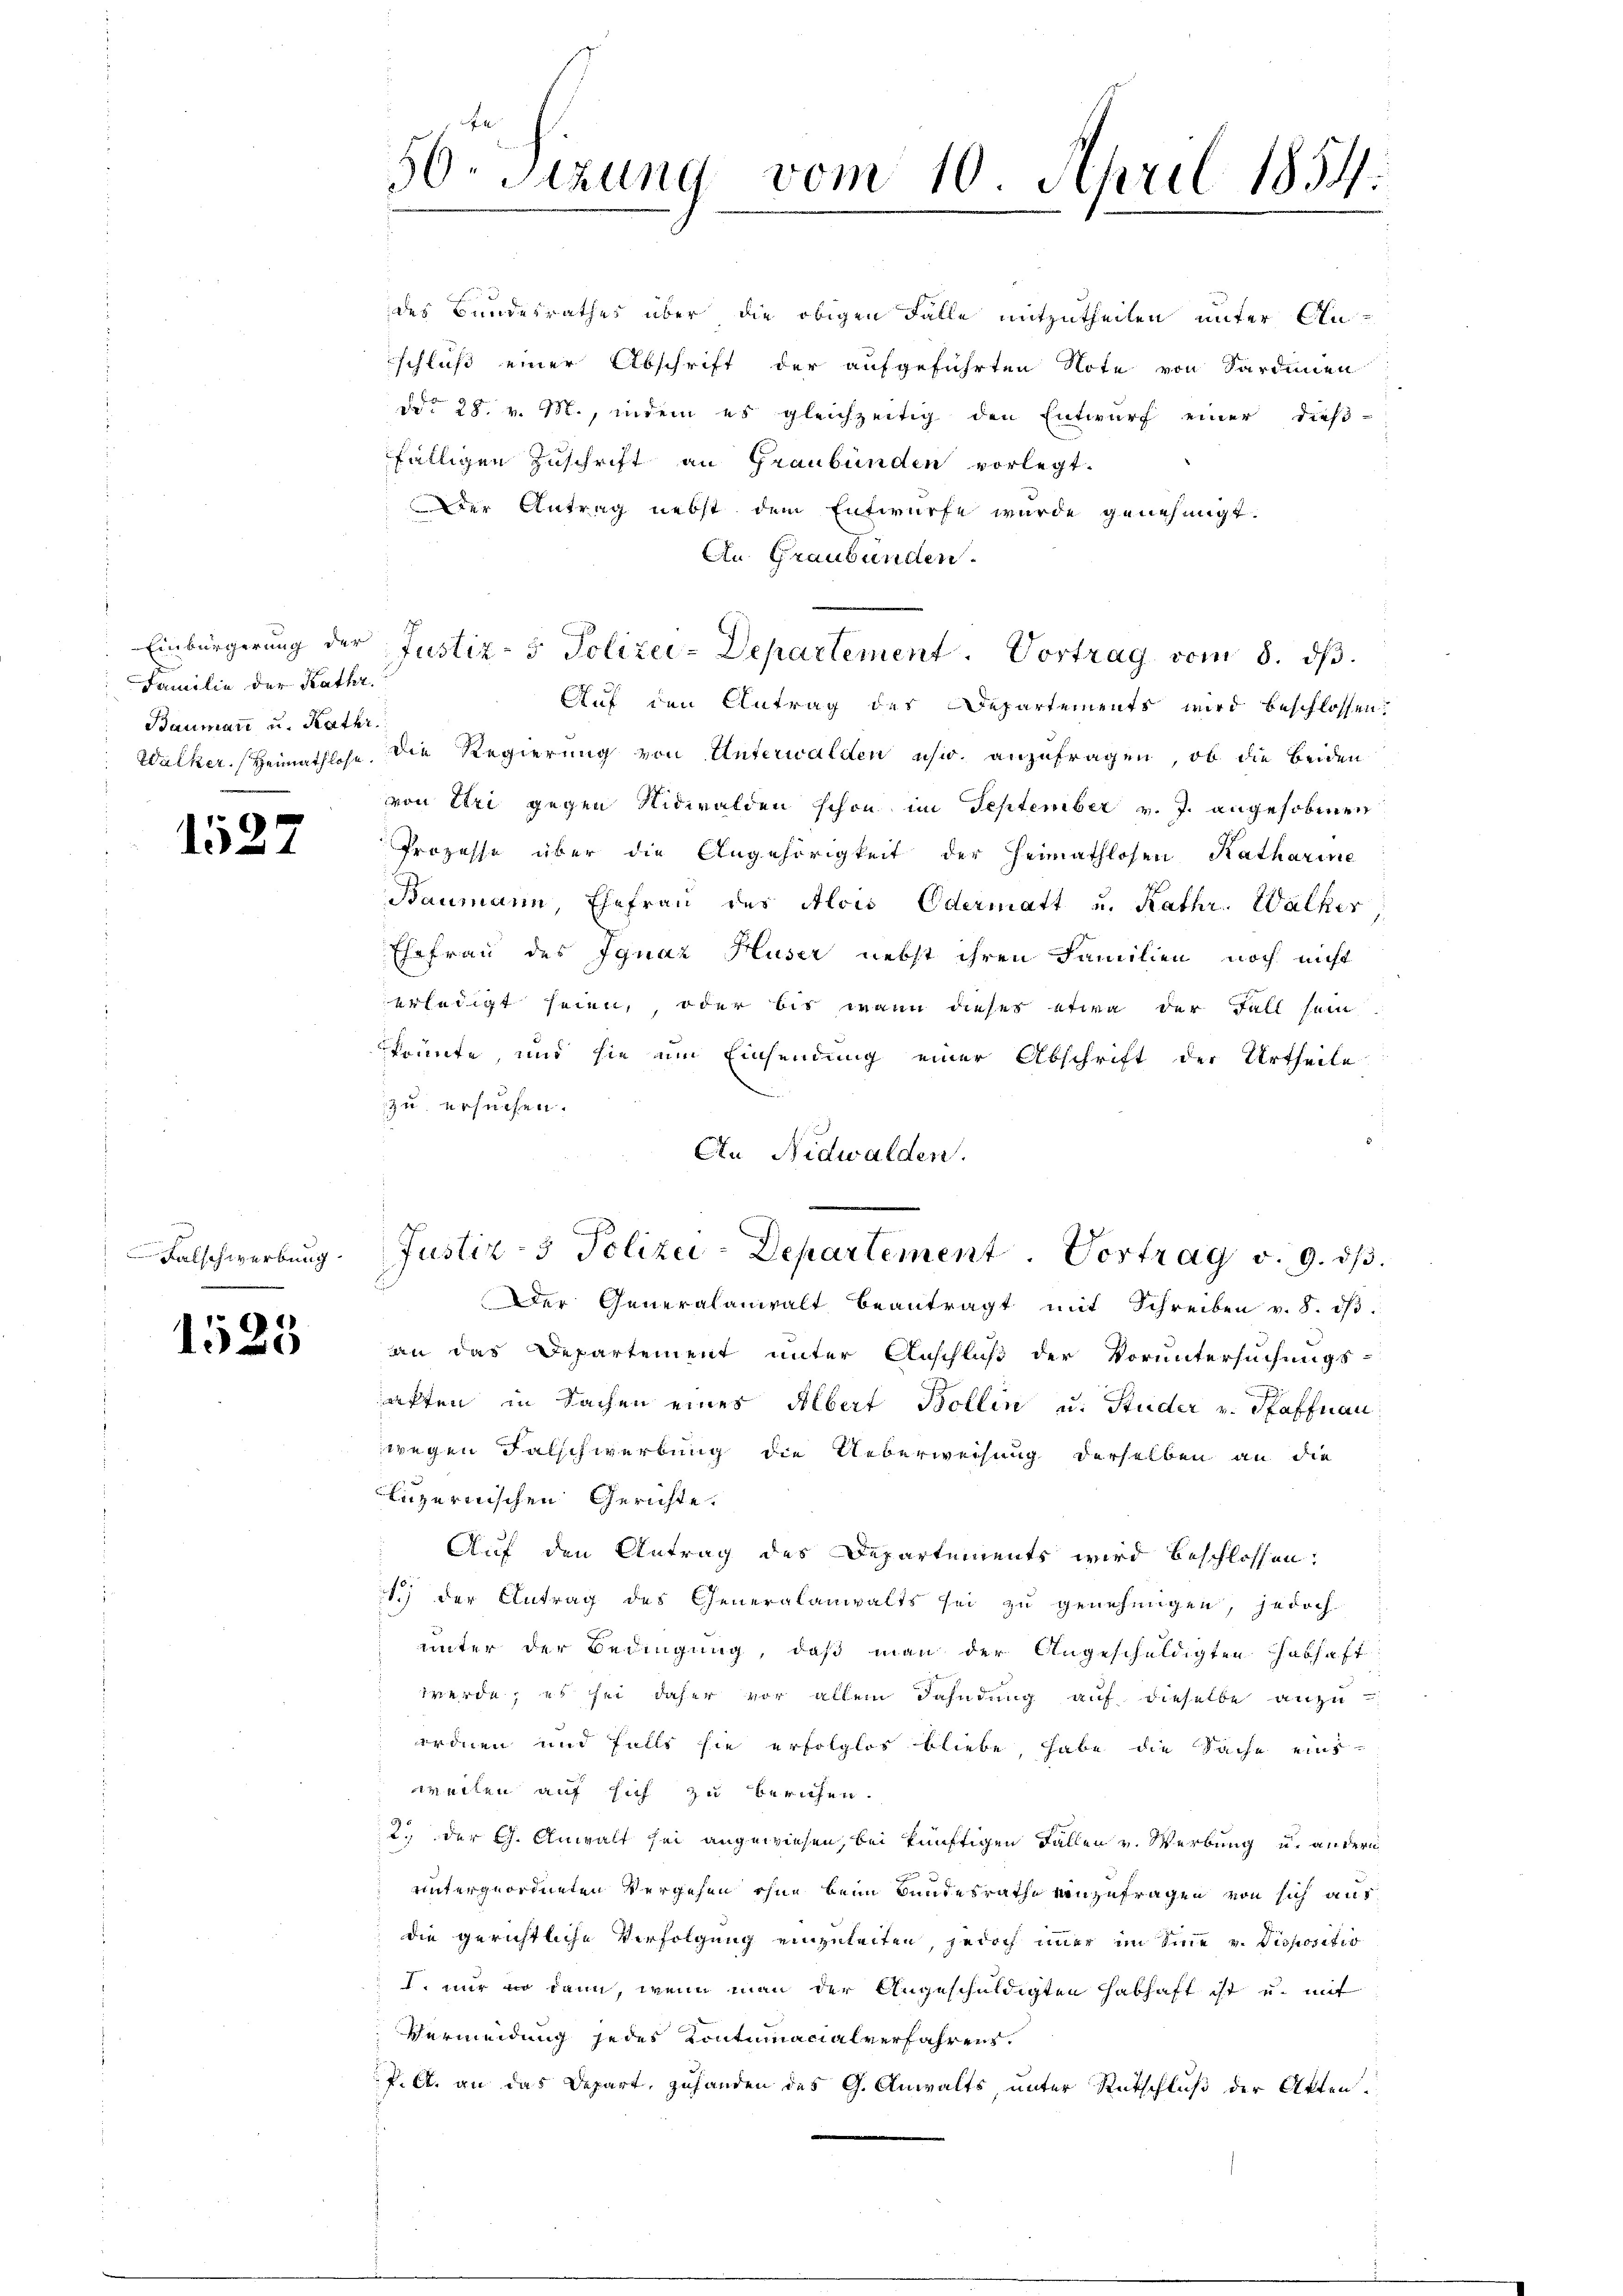
Familie der Kathr
Baumari u. Kathr

1527

Falschwerbung

1525

1
dr Sitzung vom 10. April 1854.

des Bundesrathes über die obigen Falle mitzutheilen, unter Anschluß einer Abschrift der aufgeführten Note von Sardinien
ddo 28. v. M., indem es gleichzeitig den Entwurf einer dieß-
fälligen Zuschrift an Graubünden vorlegt.
Der Antrag nebst dem Entwurfe wurde genehmigt.
An Graubünden.
Einbürgerung der Justiz- & Polizei-Departement. Vortrag vom 8. ds.
Auf den Antrag des Departements wird beschlossen.
Walker. Heimathlose, die Regierung von Unterwalden usw. anzufragen, ob die beiden
von Etri gegen Nidwalden schon im September v. J. angehobenen
Prozesse über die Angehörigkeit der Heimathlosen Ratharine
Baumann, Ehefrau des Alois Odermatt u. Kathr. Walker
Ehefrau des Ignaz Huser nebst ihren Familien noch nicht
erledigt seien, oder bis wenn dieses etwa der Fall sein
könnte, und sie um Einsendung einer Abschrift der Urtheile
zu ersuchen.
An Nidwalden.
Justiz- & Polizei-Departement. Vortrag v. 9. ds.
Der Generalanwalt beantragt mit Schreiben v. 8. dβ.
an das Departement unter Anschluß der Voruntersuchungs-
akten in Sachen eines Albert Bollin u. Studer v. Pfaffnau
wegen Falschwerbung die Ueberweisung derselben an die
luzernischen Gerichte.
Auf den Antrag des Departements wird beschlossen:
1.) der Antrag des Generalanwalts sei zu genehmigen, jedoch
unter der Bedingung, daß man der Angeschuldigten habhaft
werde, es sei daher vor allein Dahndung auf dieselbe anzu
erdnen und falls sie erfolglos bliebe, habe die Sache eint-
weiten auf sich zu berichen.
2., der G. Anwalt sei angewiesen, bei künftigen Fallen v. Werbung u. andern
untergeordneten Vergehen ohne beim Bundesrathe einzufragen von sich aus
die gerichtliche Verfolgung einzuleiten, jedoch immer im Sinne v. Dispositio
I. nur so dann, wenn man der Angeschuldigten habhaft ist u. mit
Vermeidung jedes Kontumacialverfahrens.
P. A. an das Depart, zuhanden des G. Anwalts, unter Rutschluß der Akten.